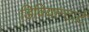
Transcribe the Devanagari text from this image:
डिवियान्टार्ट